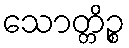
သောတ္တိဉ္စ